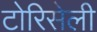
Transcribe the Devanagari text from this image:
टोरिसेली